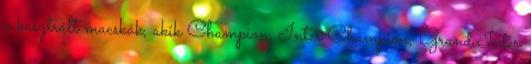
a kasztrált macskák, akik Champion, Inter Champion, Grand Inter